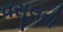
વસૂલવી